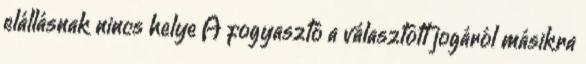
elállásnak nincs helye A fogyasztó a választott jogáról másikra